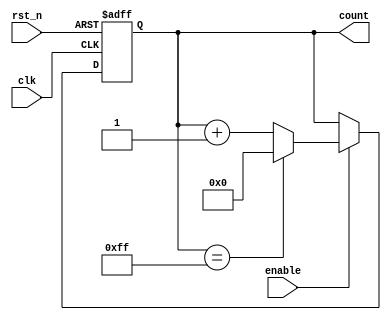
module ParameterizedCounter #(
    parameter WIDTH = 8,                // Width of the counter (number of bits)
    parameter INITIAL_VALUE = 0,        // Initial count value
    parameter UP_DOWN = 1                // 1 for up counting, 0 for down counting
)(
    input wire clk,                     // Clock signal
    input wire rst_n,                   // Active low asynchronous reset
    input wire enable,                  // Enable signal
    output reg [WIDTH-1:0] count        // Current count value
);

    // Internal variable to hold the current count
    reg [WIDTH-1:0] next_count;

    // Always block triggered on the rising edge of the clock
    always @(posedge clk or negedge rst_n) begin
        if (!rst_n) begin
            // Reset the counter to the initial value
            count <= INITIAL_VALUE;
        end else if (enable) begin
            // Update the count based on the counting direction
            count <= next_count;
        end
    end

    // Combinational logic to determine the next count value
    always @(*) begin
        if (enable) begin
            if (UP_DOWN) begin
                // Up counting logic with overflow check
                if (count == {WIDTH{1'b1}}) begin
                    next_count = 0; // Overflow condition
                end else begin
                    next_count = count + 1;
                end
            end else begin
                // Down counting logic with underflow check
                if (count == 0) begin
                    next_count = {WIDTH{1'b1}}; // Underflow condition
                end else begin
                    next_count = count - 1;
                end
            end
        end else begin
            next_count = count; // Hold current value if not enabled
        end
    end

endmodule